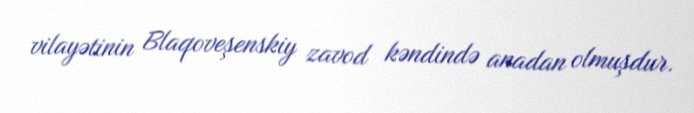
vilayətinin Blaqoveşenskiy zavod kəndində anadan olmuşdur.